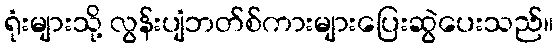
ရုံးများသို့ လွန်းပျံဘတ်စ်ကားများပြေးဆွဲပေးသည်။